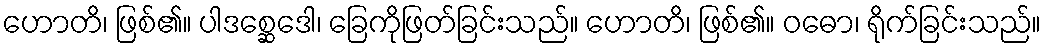
ဟောတိ၊ ဖြစ်၏။ ပါဒစ္ဆေဒေါ၊ ခြေကိုဖြတ်ခြင်းသည်။ ဟောတိ၊ ဖြစ်၏။ ဝဓော၊ ရိုက်ခြင်းသည်။